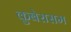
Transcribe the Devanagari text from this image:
कुबेरासम